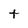
Character: t